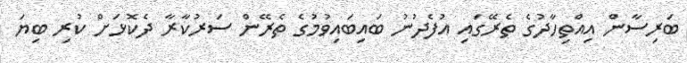
ބަރިސާން އިއްތިހާދުގެ ތެރޭގައި އުފެދުނު ބައިބައިވުމުގެ ތެރޭން ސަރުކާރާ ދެކޮޅަށް ކުރި ބިޔަ